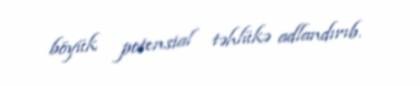
böyük potensial təhlükə adlandırıb.